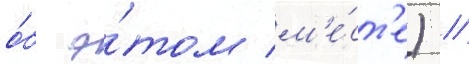
о́б э́том м'е́ст'е) //